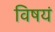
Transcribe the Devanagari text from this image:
विषयं